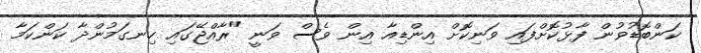
ކަންބޮޑުވުން ފާޅުކޮށްފައި ވަނިކޮށް އިންޑިއާ އިން ވެސް ވަނީ "ރާއްޖޭގައި ހިނގަމުންދާ ކަންކަމާ